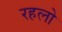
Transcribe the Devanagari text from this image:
रहलो